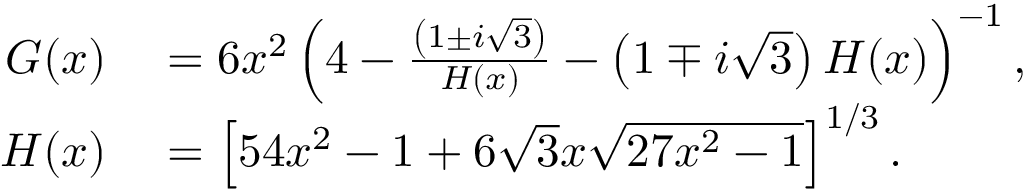
\begin{array} { r l } { G ( x ) } & { { } = 6 x ^ { 2 } \left( 4 - \frac { \left( 1 \pm i \sqrt { 3 } \right) } { H ( x ) } - \left( 1 \mp i \sqrt { 3 } \right) H ( x ) \right) ^ { - 1 } , } \\ { H ( x ) } & { { } = \left[ 5 4 x ^ { 2 } - 1 + 6 \sqrt { 3 } x \sqrt { 2 7 x ^ { 2 } - 1 } \right] ^ { 1 / 3 } . } \end{array}